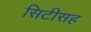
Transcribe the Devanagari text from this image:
सिटीसह